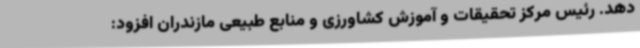
دهد. رئیس مرکز تحقیقات و آموزش کشاورزی و منابع طبیعی مازندران افزود: